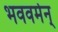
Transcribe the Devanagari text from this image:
भववर्मन्‌